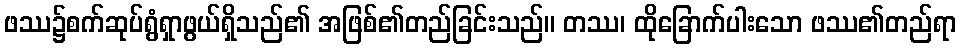
ဖဿ၌စက်ဆုပ်ရွံရှာဖွယ်ရှိသည်၏ အဖြစ်၏တည်ခြင်းသည်။ တဿ၊ ထိုခြောက်ပါးသော ဖဿ၏တည်ရာ